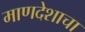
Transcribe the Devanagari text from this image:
माणदेशाचा